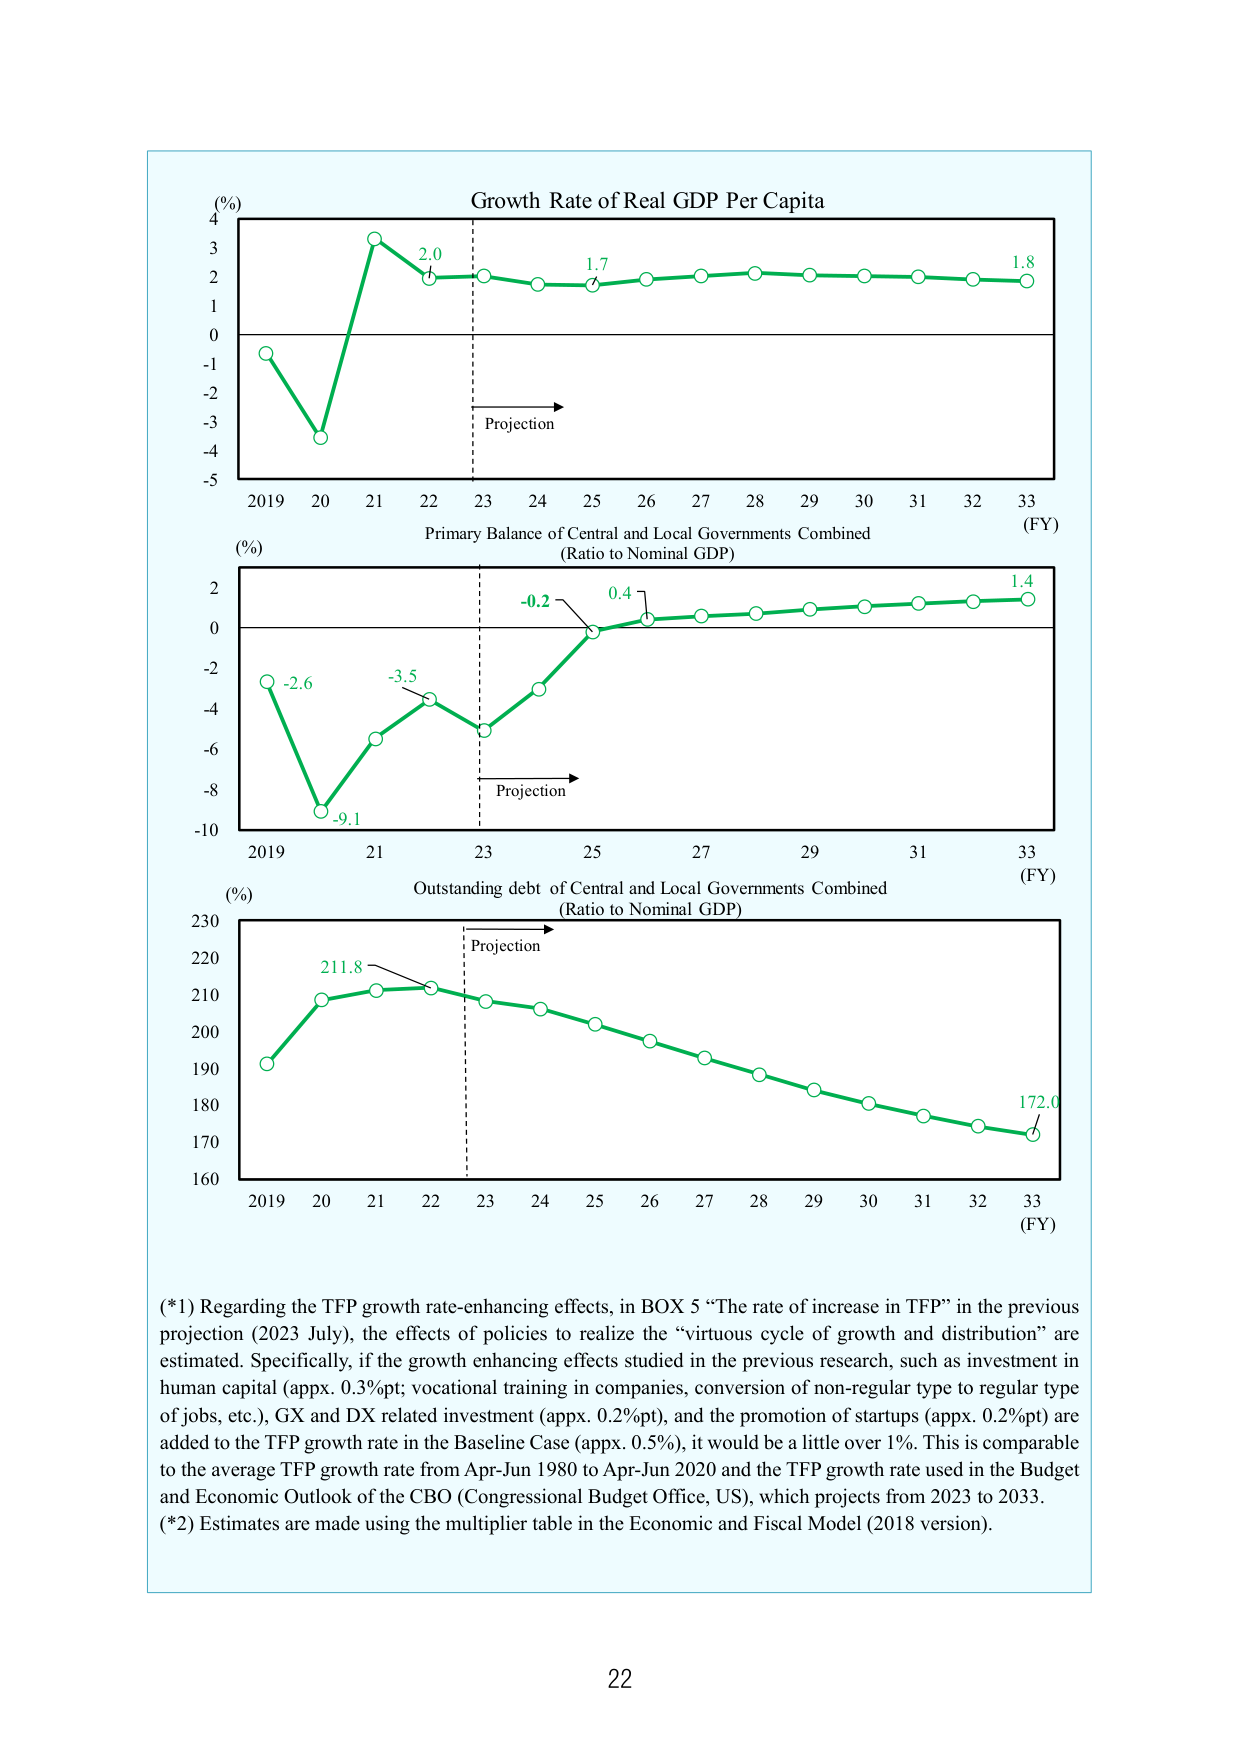
Growth Rate of Real GDP Per Capita
(%)
4
3
2
1
0
-1
-2
-3
-4
-5
2019 20 21 22 23 24 25 26 27 28 29 30 31 32 33
(FY)
Projection
2.0
1.7
1.8

Primary Balance of Central and Local Governments Combined
(Ratio to Nominal GDP)
(%)
2
0
-2
-4
-6
-8
-10
2019 21 23 25 27 29 31 33
(FY)
Projection
-2.6
-3.5
-9.1
-0.2
0.4
1.4

Outstanding debt of Central and Local Governments Combined
(Ratio to Nominal GDP)
(%)
230
220
210
200
190
180
170
160
2019 20 21 22 23 24 25 26 27 28 29 30 31 32 33
(FY)
Projection
211.8
172.0

(*1) Regarding the TFP growth rate-enhancing effects, in BOX 5 “The rate of increase in TFP” in the previous projection (2023 July), the effects of policies to realize the “virtuous cycle of growth and distribution” are estimated. Specifically, if the growth enhancing effects studied in the previous research, such as investment in human capital (appx. 0.3%pt; vocational training in companies, conversion of non-regular type to regular type of jobs, etc.), GX and DX related investment (appx. 0.2%pt), and the promotion of startups (appx. 0.2%pt) are added to the TFP growth rate in the Baseline Case (appx. 0.5%), it would be a little over 1%. This is comparable to the average TFP growth rate from Apr-Jun 1980 to Apr-Jun 2020 and the TFP growth rate used in the Budget and Economic Outlook of the CBO (Congressional Budget Office, US), which projects from 2023 to 2033.
(*2) Estimates are made using the multiplier table in the Economic and Fiscal Model (2018 version).

22